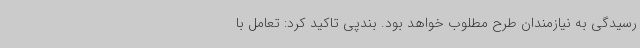
رسیدگی به نیازمندان طرح مطلوب خواهد بود. بندپی تاکید کرد: تعامل با